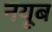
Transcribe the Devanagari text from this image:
नयूब